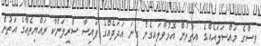
ވިސާގެ މައްސަލައެއްގެ އިތުރުން އޮޅުވާލައިގެން ގިނަ އަދަދެއްގެ ފައިސާ ސްރީލަންކާ ރައްޔިތެއްގެ އަތުން